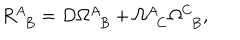
LaTeX: R _ { ~ ~ B } ^ { A } = D \Omega _ { ~ ~ B } ^ { A } + \Omega _ { ~ ~ C } ^ { A } \Omega _ { ~ ~ B } ^ { C } ,